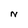
Character: N